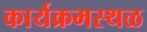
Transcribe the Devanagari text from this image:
कार्यक्रमस्थळ